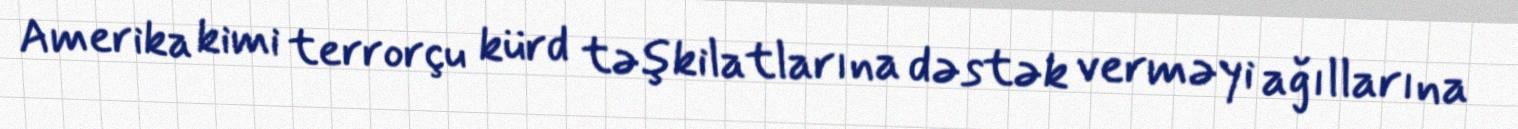
Amerika kimi terrorçu kürd təşkilatlarına dəstək verməyi ağıllarına